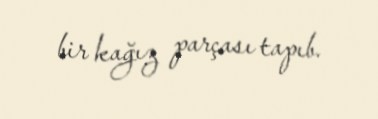
bir kağız parçası tapıb.